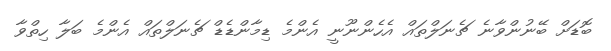
ބޮޑަށް ބޭނުންވާނެ ޗެނަލްތައް އެހެންނޫނީ އެންމެ ޑިމާންޑެޑް ޗެނަލްތައް އެންމެ ބަލާ ހިތްވާ